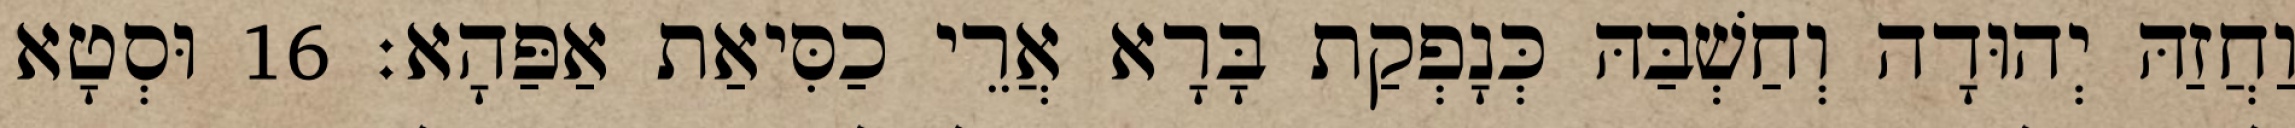
וַחֲזַהּ יְהוּדָה וְחַשְׁבַּהּ כְּנָפְקַת בָּרָא אֲרֵי כַסִּיאַת אַפַּהָא׃ 16 וּסְטָא